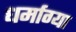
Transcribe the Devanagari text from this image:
धर्माग्या